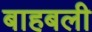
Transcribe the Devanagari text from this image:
बाहबली